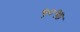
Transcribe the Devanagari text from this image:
५०१७